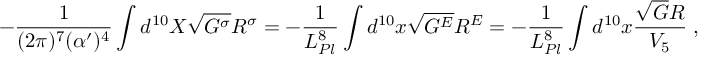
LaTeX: - \frac { 1 } { ( 2 \pi ) ^ { 7 } ( \alpha ^ { \prime } ) ^ { 4 } } \int d ^ { 1 0 } X \sqrt { G ^ { \sigma } } R ^ { \sigma } = - \frac { 1 } { L _ { P l } ^ { 8 } } \int d ^ { 1 0 } x \sqrt { G ^ { E } } R ^ { E } = - \frac { 1 } { L _ { P l } ^ { 8 } } \int d ^ { 1 0 } x \frac { \sqrt { G } R } { V _ { 5 } } \; ,